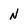
Character: N